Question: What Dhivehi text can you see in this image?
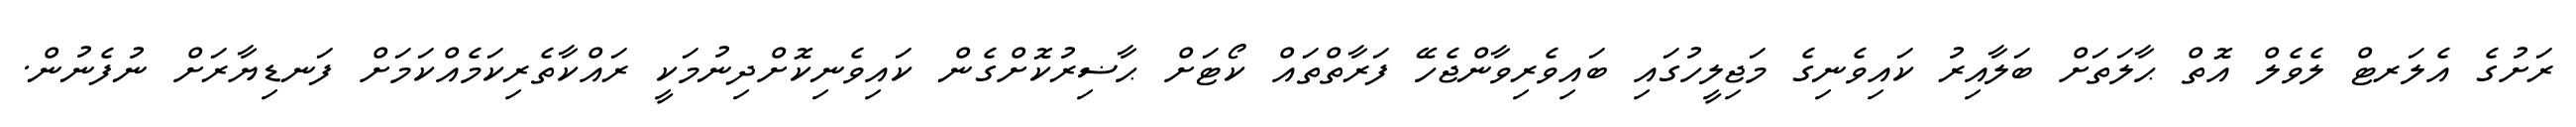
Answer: ރަށުގެ އެލަރޓް ލެވެލް އޮތް ޙާލަތަށް ބަލާއިރު ކައިވެނިގެ މަޖިލީހުގައި ބައިވެރިވާންޖެހޭ ފަރާތްތައް ކޯޓަށް ޙާޟިރުކޮށްގެން ކައިވެނިކޮށްދިނުމަކީ ރައްކާތެރިކަމެއްކަމަށް ފަނޑިޔާރަށް ނުފެނުން.